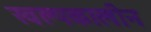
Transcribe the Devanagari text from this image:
स्वल्पकालीन